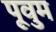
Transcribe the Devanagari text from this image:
पूवुम